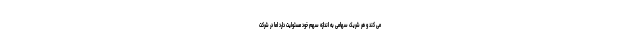
می کند و هر شریک سهامی به اندازه سهم خود مسئولیت دارد اما در شرکت